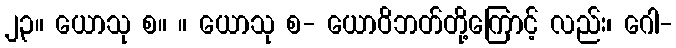
၂၃။ ယောသု စ။ ။ ယောသု စ- ယောဝိဘတ်တို့ကြောင့် လည်း၊ ဂေါ-